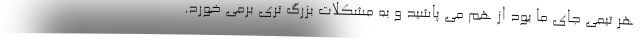
هر تیمی جای ما بود از هم می پاشید و به مشکلات بزرگ تری برمی خورد.